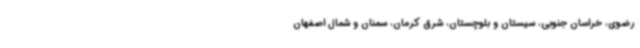
رضوی، خراسان جنوبی، سیستان و بلوچستان، شرق کرمان، سمنان و شمال اصفهان